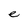
Character: e